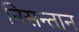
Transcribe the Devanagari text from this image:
निसन्तान